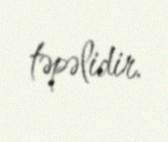
təpəlidir.